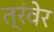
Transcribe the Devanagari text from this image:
त्रंवेर